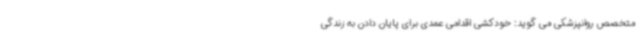
متخصص روانپزشکی می گوید: خودکشی اقدامی عمدی برای پایان دادن به زندگی